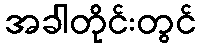
အခါတိုင်းတွင်